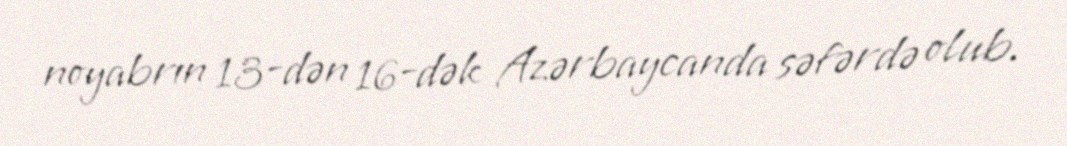
noyabrın 13-dən 16-dək Azərbaycanda səfərdə olub.